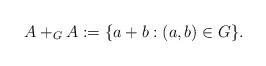
LaTeX: \begin{align*}A+_G A:= \{ a+b : (a,b)\in G \}.\end{align*}